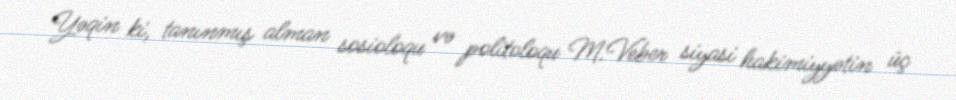
Yəqin ki, tanınmış alman sosioloqu və politoloqu M.Veber siyasi hakimiyyətin üç